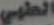
الطبي